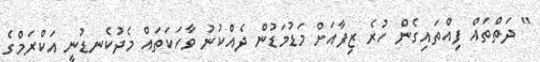
" ދަތްތައް ފިއްތައިގެން ހުރެ ޒިފާއަށް މަޑުމަޑުން ދެއްކުނު ވާހަކަތައް މެދުކެނޑުނީ އަކްރަމްގެ